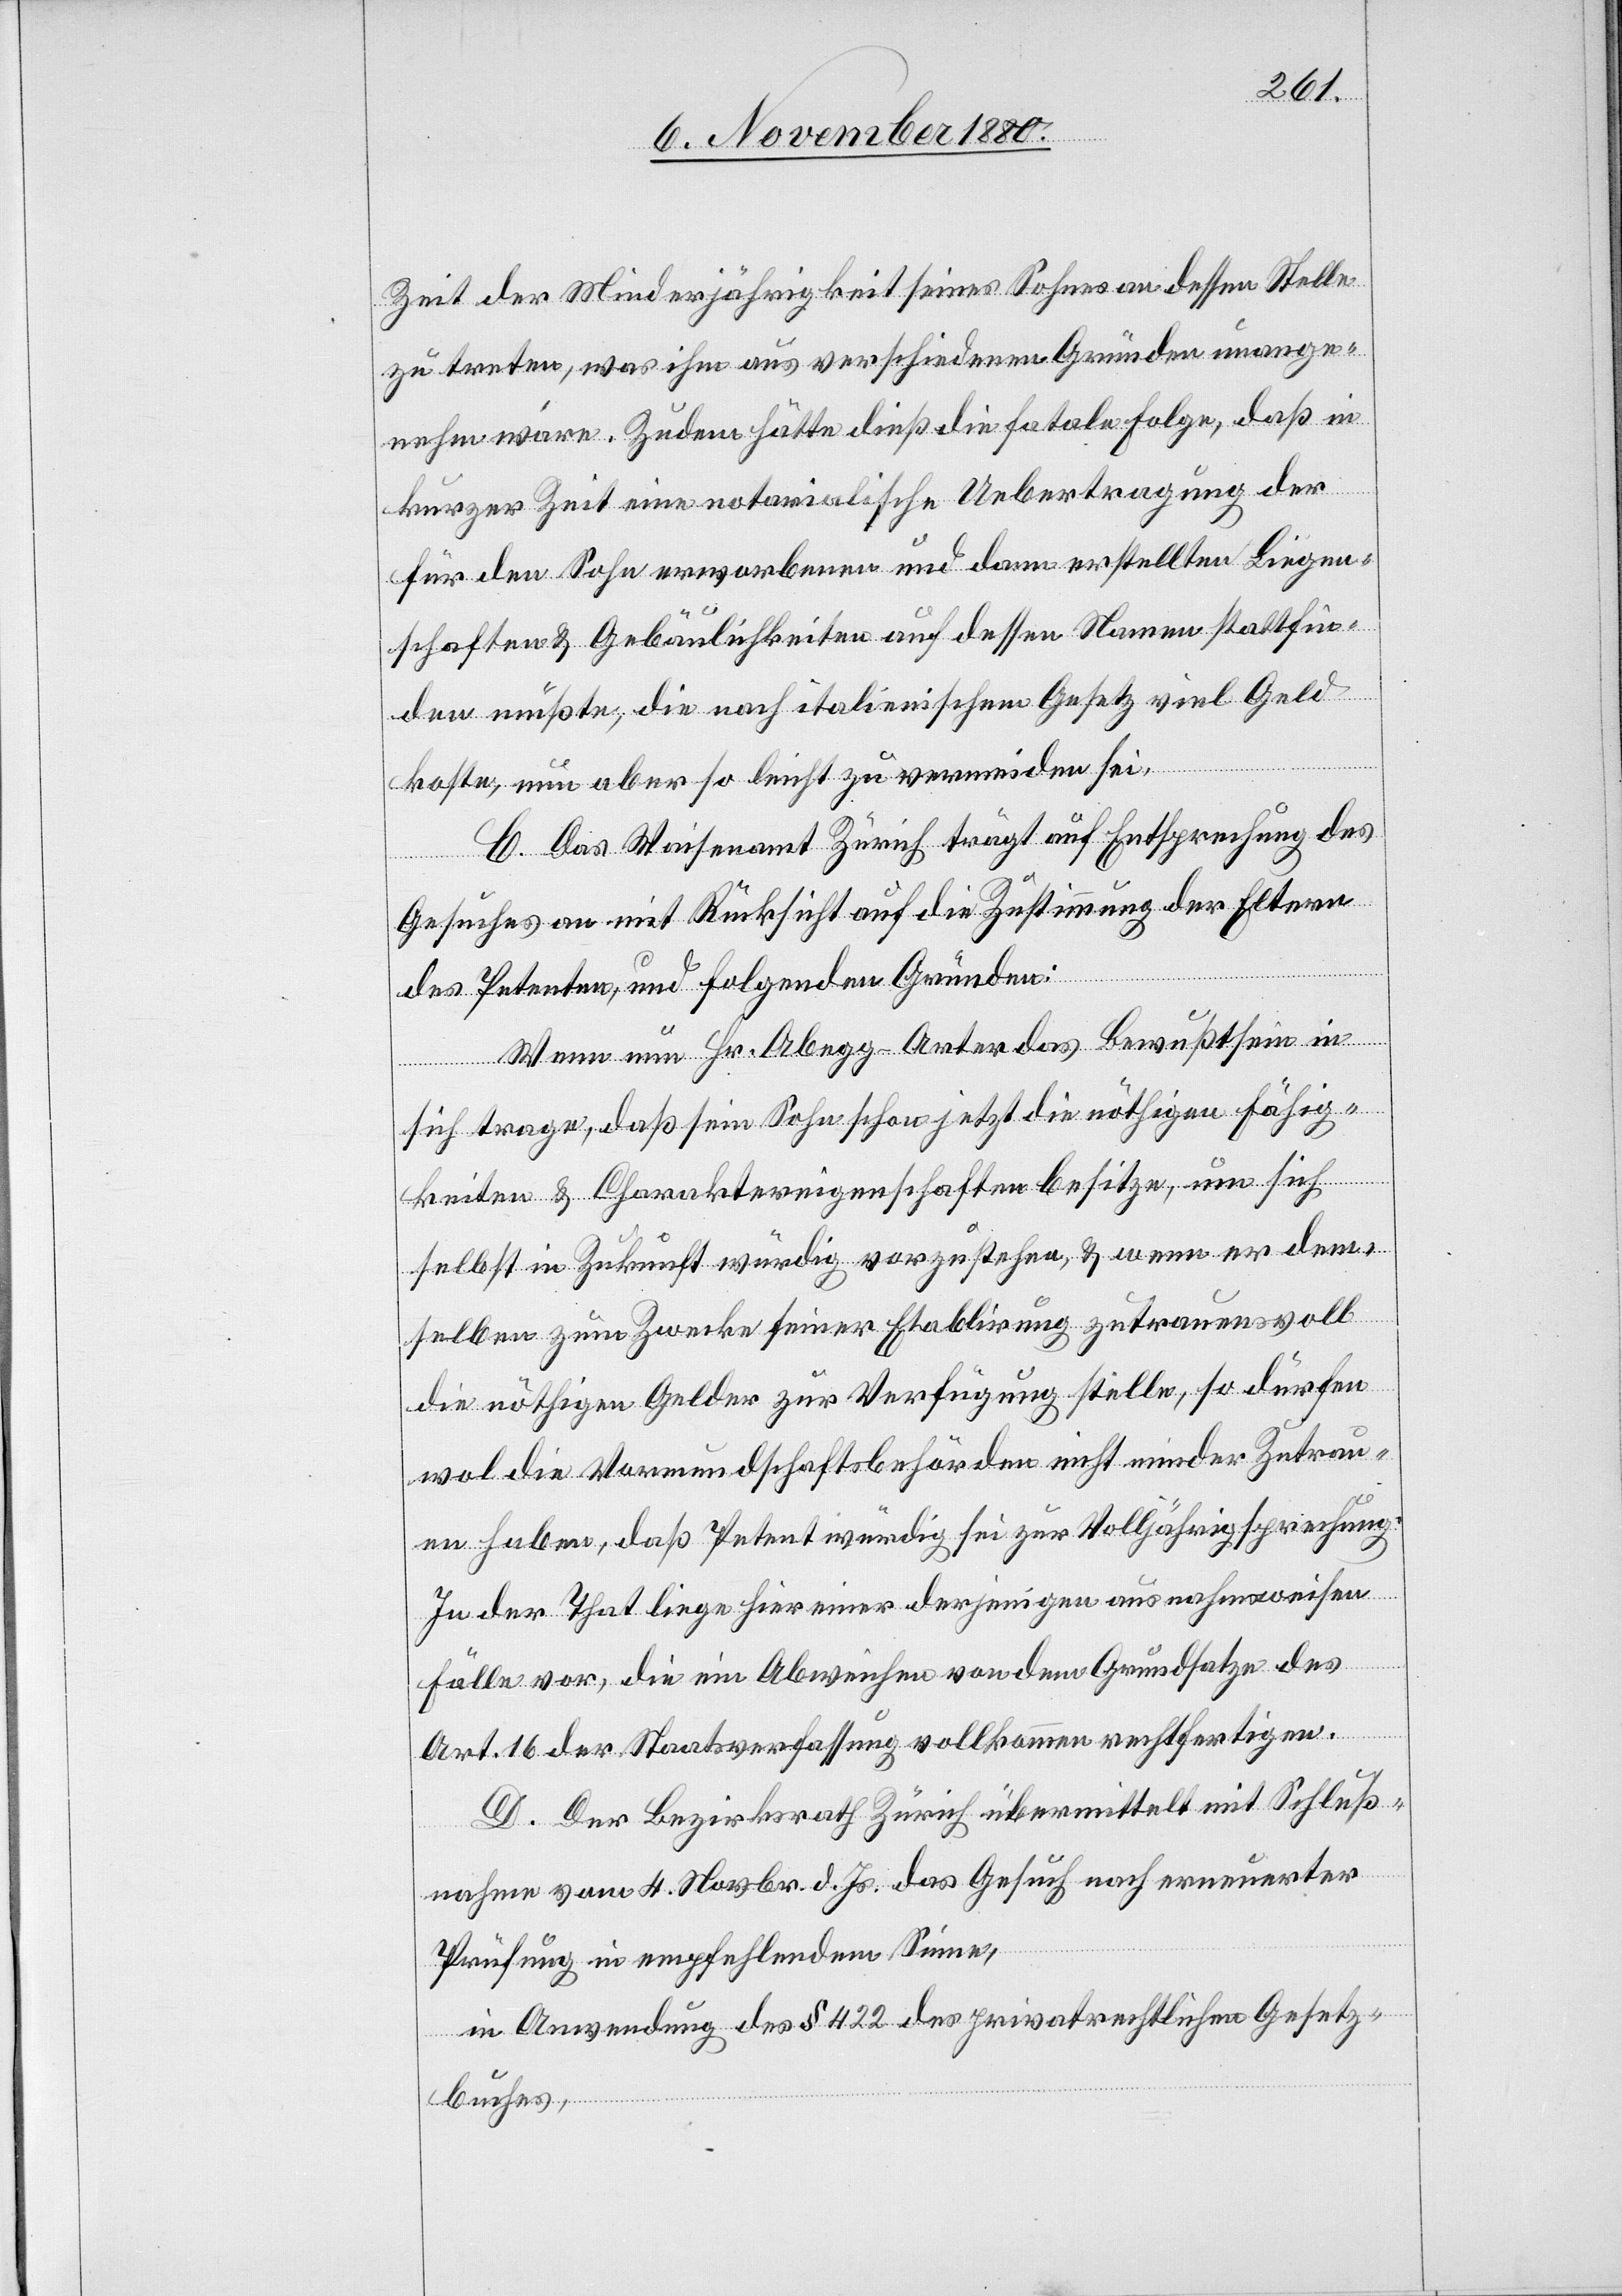
Zeit der Minderjährigkeit seines Sohnes an dessen Stelle
zu treten, was ihm aus verschiedenen Gründen unange¬
nehm wäre. Zudem hätte dieß die fatale Folge, daß in
kurzer Zeit eine notarialische Uebertragung der
für den Sohn erworbenen und dann erstellten Liegen¬
schaften & Gebäulichkeiten auf dessen Namen stattfin¬
den müßte, die nach italienischem Gesetz viel Geld
koste, nun aber so leicht zu vermeiden sei.
C. Das Waisenamt Zürich trägt auf Entsprechung des
Gesuches an mit Rücksicht auf die Zustimmung der Eltern
des Petenten, und folgenden Gründen:
Wenn nun Hr. Abegg-Arter das Bewußtsein in
sich trage, daß sein Sohn schon jetzt die nöthigen Fähig¬
keiten & Charaktereigenschaften besitze, um sich
selbst in Zukunft würdig vorzustehen, & wenn er dem¬
selben zum Zwecke seiner Etablirung zutrauensvoll
die nöthigen Gelder zur Verfügung stelle, so dürfen
wol die Vormundschaftsbehörden nicht minder Zutrau¬
en haben, daß Petent würdig sei zur Volljährigsprechung.
In der That liege hier einer derjenigen ausnahmsweisen
Fälle vor, die ein Abweichen von dem Grundsatze des
Art. 16 der Staatsverwaltung vollkommen rechtfertigen.
D. Der Bezirksrath Zürich übermittelt mit Schluß¬
nahme vom 4. Novbr. d. Js. das Gesuch nach erneuerter
Prüfung in empfehlendem Sinne,
in Anwendung des § 422 des privatrechtlichen Gesetz¬
buches,